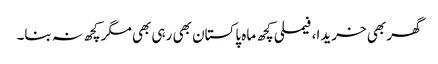
گھر بھی خریدا، فیملی کچھ ماہ پاکستان بھی رہی بھی مگر کچھ نہ بنا۔